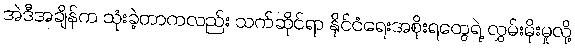
အဲဒီအချိန်က သုံးခဲ့တာကလည်း သက်ဆိုင်ရာ နိုင်ငံရေးအစိုးရတွေရဲ့ လွှမ်းမိုးမှုလို့